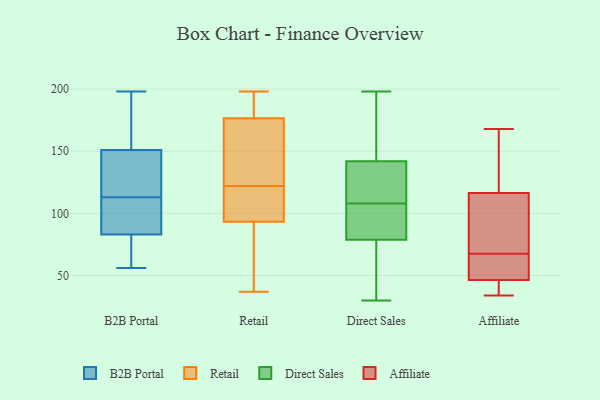
{"axis": {"x": "Net Income (USD K)", "y": "Value"}, "legend": ["Affiliate", "B2B Portal", "Direct Sales", "Retail"], "data": [{"x": "", "y": 128, "type": "B2B Portal"}, {"x": "", "y": 127, "type": "B2B Portal"}, {"x": "", "y": 101, "type": "B2B Portal"}, {"x": "", "y": 80, "type": "B2B Portal"}, {"x": "", "y": 112, "type": "B2B Portal"}, {"x": "", "y": 114, "type": "B2B Portal"}, {"x": "", "y": 198, "type": "B2B Portal"}, {"x": "", "y": 64, "type": "B2B Portal"}, {"x": "", "y": 174, "type": "B2B Portal"}, {"x": "", "y": 56, "type": "B2B Portal"}, {"x": "", "y": 191, "type": "B2B Portal"}, {"x": "", "y": 86, "type": "B2B Portal"}, {"x": "", "y": 128, "type": "Retail"}, {"x": "", "y": 183, "type": "Retail"}, {"x": "", "y": 100, "type": "Retail"}, {"x": "", "y": 187, "type": "Retail"}, {"x": "", "y": 37, "type": "Retail"}, {"x": "", "y": 79, "type": "Retail"}, {"x": "", "y": 178, "type": "Retail"}, {"x": "", "y": 115, "type": "Retail"}, {"x": "", "y": 59, "type": "Retail"}, {"x": "", "y": 190, "type": "Retail"}, {"x": "", "y": 198, "type": "Retail"}, {"x": "", "y": 55, "type": "Retail"}, {"x": "", "y": 172, "type": "Retail"}, {"x": "", "y": 160, "type": "Retail"}, {"x": "", "y": 101, "type": "Retail"}, {"x": "", "y": 122, "type": "Retail"}, {"x": "", "y": 150, "type": "Retail"}, {"x": "", "y": 91, "type": "Retail"}, {"x": "", "y": 116, "type": "Retail"}, {"x": "", "y": 79, "type": "Direct Sales"}, {"x": "", "y": 86, "type": "Direct Sales"}, {"x": "", "y": 31, "type": "Direct Sales"}, {"x": "", "y": 109, "type": "Direct Sales"}, {"x": "", "y": 30, "type": "Direct Sales"}, {"x": "", "y": 78, "type": "Direct Sales"}, {"x": "", "y": 195, "type": "Direct Sales"}, {"x": "", "y": 148, "type": "Direct Sales"}, {"x": "", "y": 198, "type": "Direct Sales"}, {"x": "", "y": 123, "type": "Direct Sales"}, {"x": "", "y": 108, "type": "Direct Sales"}, {"x": "", "y": 87, "type": "Direct Sales"}, {"x": "", "y": 179, "type": "Direct Sales"}, {"x": "", "y": 125, "type": "Direct Sales"}, {"x": "", "y": 104, "type": "Direct Sales"}, {"x": "", "y": 72, "type": "Direct Sales"}, {"x": "", "y": 140, "type": "Direct Sales"}, {"x": "", "y": 74, "type": "Affiliate"}, {"x": "", "y": 34, "type": "Affiliate"}, {"x": "", "y": 124, "type": "Affiliate"}, {"x": "", "y": 109, "type": "Affiliate"}, {"x": "", "y": 35, "type": "Affiliate"}, {"x": "", "y": 86, "type": "Affiliate"}, {"x": "", "y": 128, "type": "Affiliate"}, {"x": "", "y": 168, "type": "Affiliate"}, {"x": "", "y": 51, "type": "Affiliate"}, {"x": "", "y": 44, "type": "Affiliate"}, {"x": "", "y": 61, "type": "Affiliate"}, {"x": "", "y": 49, "type": "Affiliate"}]}